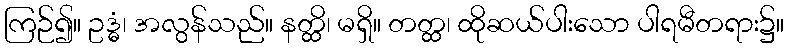
ကြဉ်၍။ ဥဒ္ဓံ၊ အလွန်သည်။ နတ္ထိ၊ မရှိ။ တတ္ထ၊ ထိုဆယ်ပါးသော ပါရမီတရား၌။